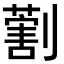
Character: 𠟽